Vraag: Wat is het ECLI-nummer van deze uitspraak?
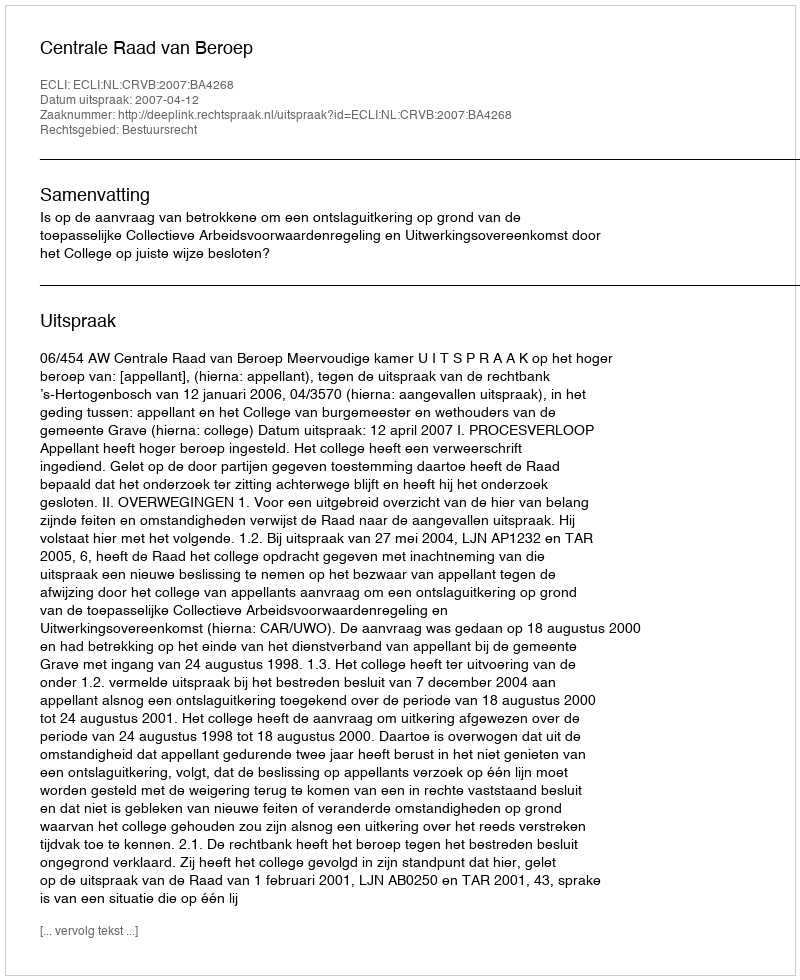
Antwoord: ECLI:NL:CRVB:2007:BA4268